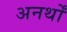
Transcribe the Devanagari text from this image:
अनर्थों